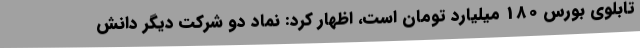
تابلوی بورس 180 میلیارد تومان است، اظهار کرد: نماد دو شرکت دیگر دانش